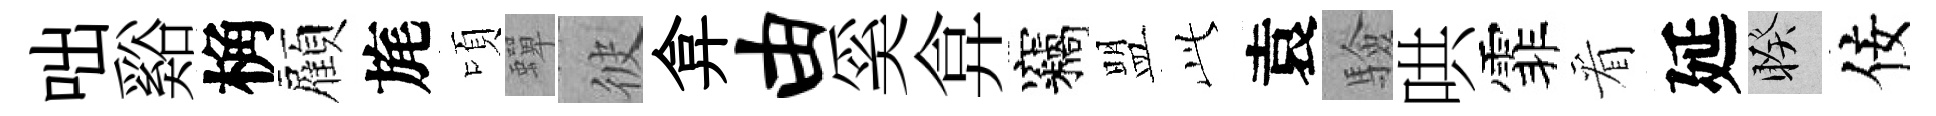
咄谿桷顏旄頃蟬彼弇由奚弇竊盟𬼘袁驗哄霏看延睽佞